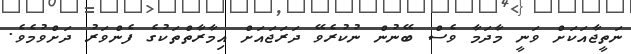
ނަތީޖާއަކަށް ވަނީ މާދަމާ ވެސް ބޭނުން ނުކުރެވޭ ދަރަޖައަށް އިމާރާތްތަކުގެ ފެންވަރު ދަށްވުމެވެ.